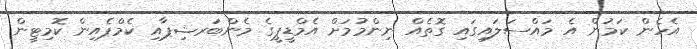
އެހެން ކަމުން އެ މައްސަލައިގައި ގޮތެއް ނިންމުމަށް އެމްޑީޕީގެ މެންބަރޝިޕާއި ކެމްޕެއިން ކޮމިޓީން